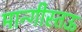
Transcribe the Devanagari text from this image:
मान्गीस्तऊ